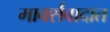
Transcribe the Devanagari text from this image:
मार्क्सवादात